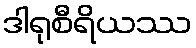
ဒါရုစီရိယဿ